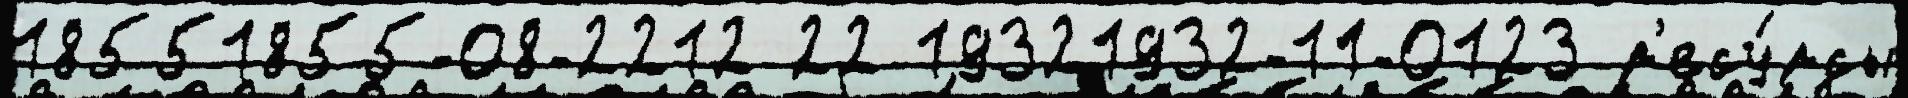
18551855-08-2212 22 19321932-11-0123 р'есу́рсы